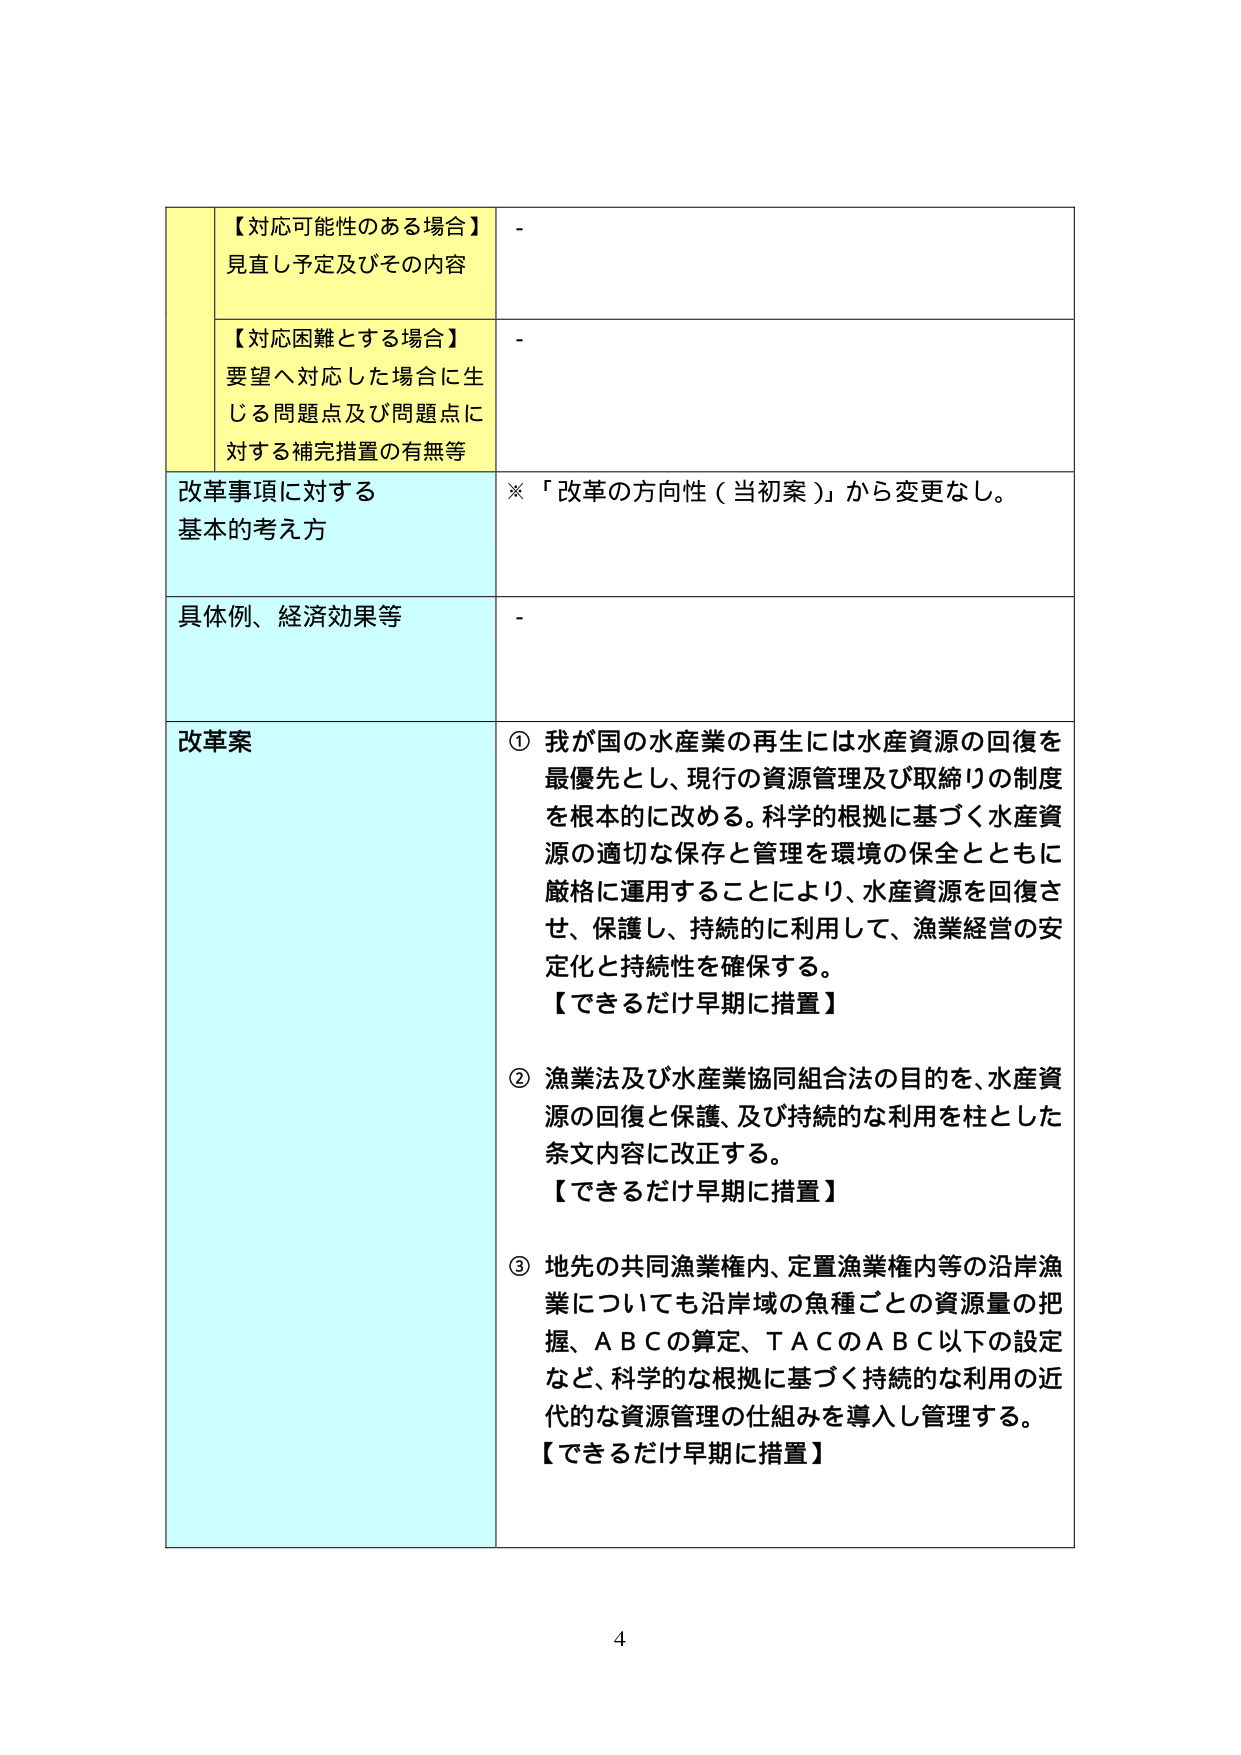
【対応可能性のある場合】
見直し予定及びその内容
-

【対応困難とする場合】
要望へ対応した場合に生じる問題点及び問題点に対する補完措置の有無等
-

改革事項に対する
基本的考え方
※「改革の方向性（当初案）」から変更なし。

具体例、経済効果等
-

改革案
① 我が国の水産業の再生には水産資源の回復を最優先とし、現行の資源管理及び取締りの制度を根本的に改める。科学的根拠に基づく水産資源の適切な保存と管理を環境の保全とともに厳格に運用することにより、水産資源を回復させ、保護し、持続的に利用して、漁業経営の安定化と持続性を確保する。
【できるだけ早期に措置】

② 漁業法及び水産業協同組合法の目的を、水産資源の回復と保護、及び持続的な利用を柱とした条文内容に改正する。
【できるだけ早期に措置】

③ 地先の共同漁業権内、定置漁業権内等の沿岸漁業についても沿岸域の魚種ごとの資源量の把握、ＡＢＣの算定、ＴＡＣのＡＢＣ以下の設定など、科学的根拠に基づく持続的な利用の近代的な資源管理の仕組みを導入し管理する。
【できるだけ早期に措置】

4